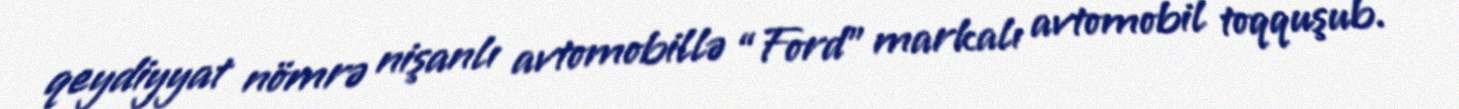
qeydiyyat nömrə nişanlı avtomobillə “Ford” markalı avtomobil toqquşub.